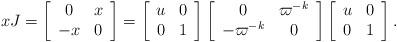
LaTeX: \begin{align*}xJ = \left[ \begin{array}{cc}0 & x \\ -x & 0 \end{array}\right] = \left[ \begin{array}{cc}u & 0 \\ 0& 1 \end{array}\right] \left[ \begin{array}{cc}0 & \varpi^{-k} \\ -\varpi^{-k} & 0 \end{array}\right] \left[ \begin{array}{cc}u & 0 \\ 0 & 1 \end{array}\right]. \end{align*}